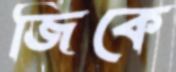
জিকে